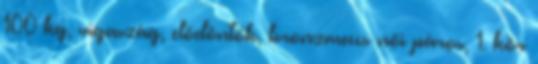
100 kg, vigaszág, elődöntők, bronzmeccs női páros, 1. kör